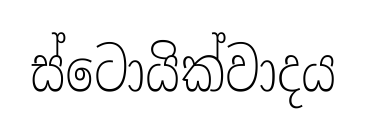
ස්ටොයික්වාදය